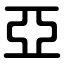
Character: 亞